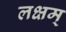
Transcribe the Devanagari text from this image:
लक्षम्